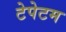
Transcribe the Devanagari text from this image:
टेपेटम